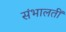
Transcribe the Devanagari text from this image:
संभालतीं